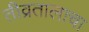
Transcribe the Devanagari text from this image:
तीव्रतालाचा